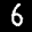
Label: 6